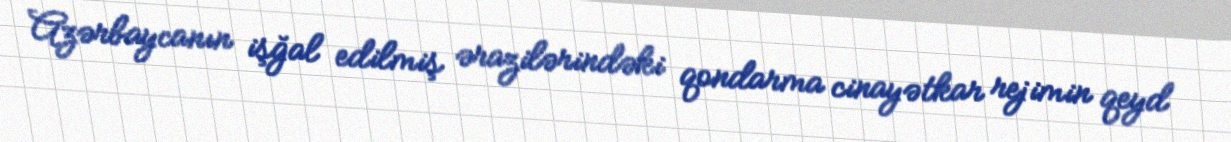
Azərbaycanın işğal edilmiş ərazilərindəki qondarma cinayətkar rejimin qeyd